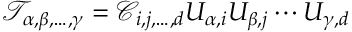
\mathcal { T } _ { \alpha , \beta , \dots , \gamma } = \mathcal { C } _ { i , j , \dots , d } U _ { \alpha , i } U _ { \beta , j } \cdots U _ { \gamma , d }